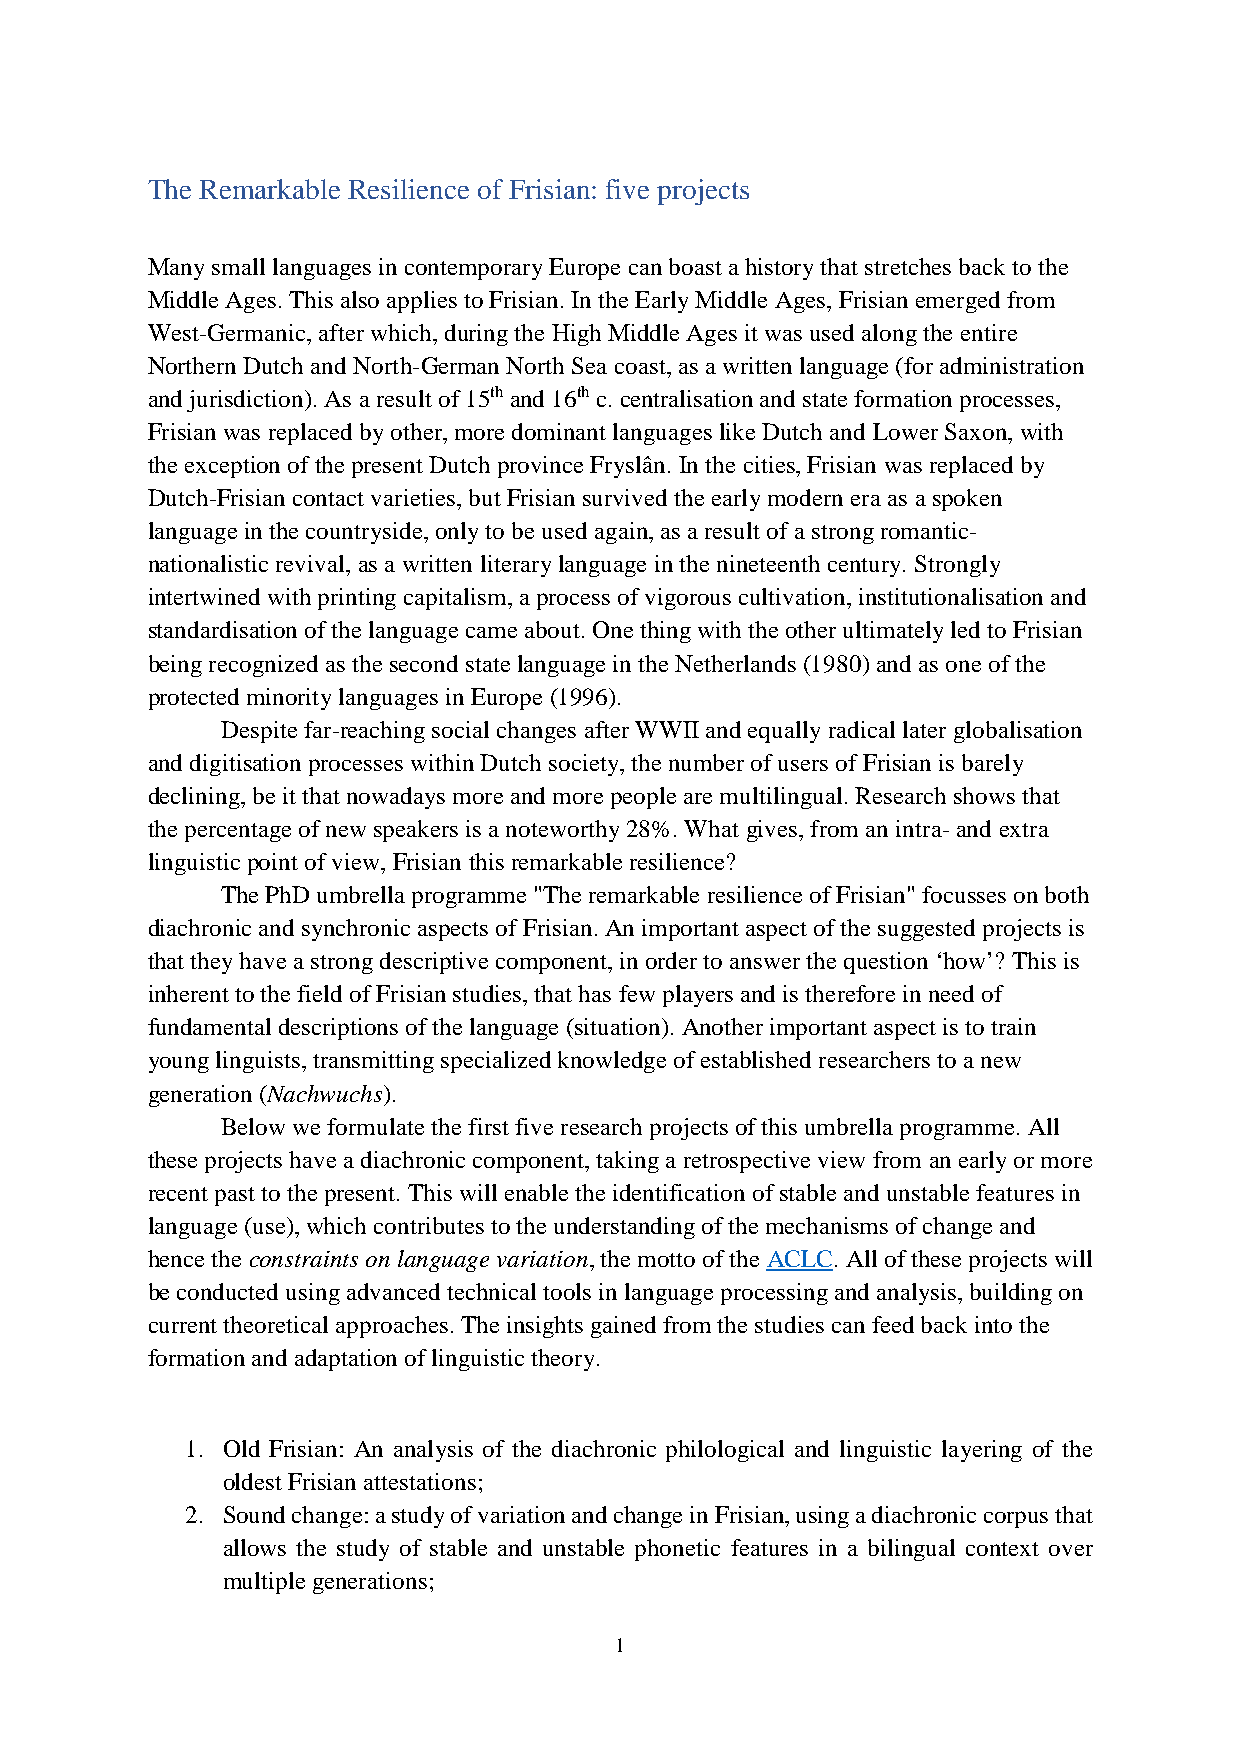
The Remarkable Resilience of Frisian: five projects
 Many small languages in contemporary Europe can boast a history that stretches back to the
 Middle Ages. This also applies to Frisian. In the Early Middle Ages, Frisian emerged from
 West-Germanic, after which, during the High Middle Ages it was used along the entire
 Northern Dutch and North-German North Sea coast, as a written language (for administration
 and jurisdiction). As a result of 15th and 16th c. centralisation and state formation processes,
 Frisian was replaced by other, more dominant languages like Dutch and Lower Saxon, with
 the exception of the present Dutch province Fryslân. In the cities, Frisian was replaced by
 Dutch-Frisian contact varieties, but Frisian survived the early modern era as a spoken
 language in the countryside, only to be used again, as a result of a strong romantic-
 nationalistic revival, as a written literary language in the nineteenth century. Strongly
 intertwined with printing capitalism, a process of vigorous cultivation, institutionalisation and
 standardisation of the language came about. One thing with the other ultimately led to Frisian
 being recognized as the second state language in the Netherlands (1980) and as one of the
 protected minority languages in Europe (1996).
 Despite far-reaching social changes after WWII and equally radical later globalisation
 and digitisation processes within Dutch society, the number of users of Frisian is barely
 declining, be it that nowadays more and more people are multilingual. Research shows that
 the percentage of new speakers is a noteworthy 28%. What gives, from an intra- and extra
 linguistic point of view, Frisian this remarkable resilience?
 The PhD umbrella programme "The remarkable resilience of Frisian" focusses on both
 diachronic and synchronic aspects of Frisian. An important aspect of the suggested projects is
 that they have a strong descriptive component, in order to answer the question ‘how’? This is
 inherent to the field of Frisian studies, that has few players and is therefore in need of
 fundamental descriptions of the language (situation). Another important aspect is to train
 young linguists, transmitting specialized knowledge of established researchers to a new
 generation (Nachwuchs).
 Below we formulate the first five research projects of this umbrella programme. All
 these projects have a diachronic component, taking a retrospective view from an early or more
 recent past to the present. This will enable the identification of stable and unstable features in
 language (use), which contributes to the understanding of the mechanisms of change and
 hence the constraints on language variation, the motto of the ACLC. All of these projects will
 be conducted using advanced technical tools in language processing and analysis, building on
 current theoretical approaches. The insights gained from the studies can feed back into the
 formation and adaptation of linguistic theory.
 1. Old Frisian: An analysis of the diachronic philological and linguistic layering of the
 oldest Frisian attestations;
 2. Sound change: a study of variation and change in Frisian, using a diachronic corpus that
 allows the study of stable and unstable phonetic features in a bilingual context over
 multiple generations;
 1